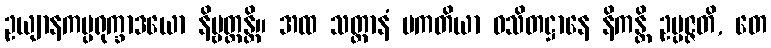
ဥယျာနကပ္ပရုက္ခာဒယော နိဗ္ဗတ္တန္တိ။ အထ သတ္တာနံ ပကတိယာ ဝသိတဋ္ဌာနေ နိကန္တိ ဥပ္ပဇ္ဇတိ, တေ